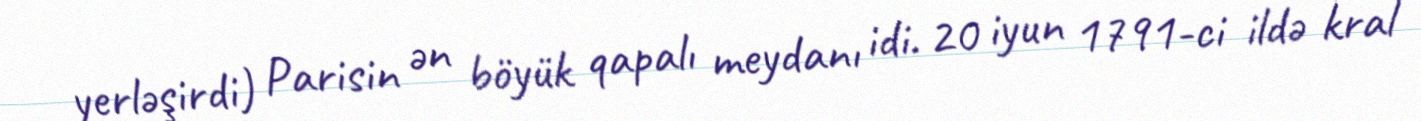
yerləşirdi) Parisin ən böyük qapalı meydanı idi. 20 iyun 1791-ci ildə kral